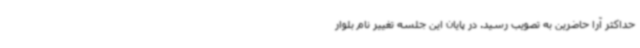
حداکثر آرا حاضرین به تصویب رسید. در پایان این جلسه تغییر نام بلوار